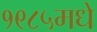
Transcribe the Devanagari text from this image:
१९८५मधे